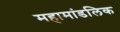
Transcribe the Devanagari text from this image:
महामांडलिक